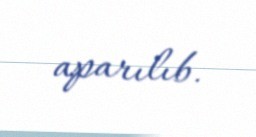
aparılıb.